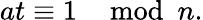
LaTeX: at\equiv 1\mod n.